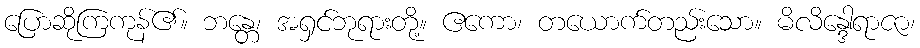
ပြောဆိုကြကုန်၏။ ဘန္တေ၊ အရှင်ဘုရားတို့။ ဧကော၊ တယောက်တည်းသော။ မိလိန္ဒေါရာဇာ၊